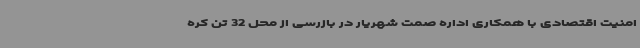
امنیت اقتصادی با همکاری اداره صمت شهریار در بازرسی از محل 32 تن کره